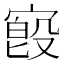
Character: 𫳷